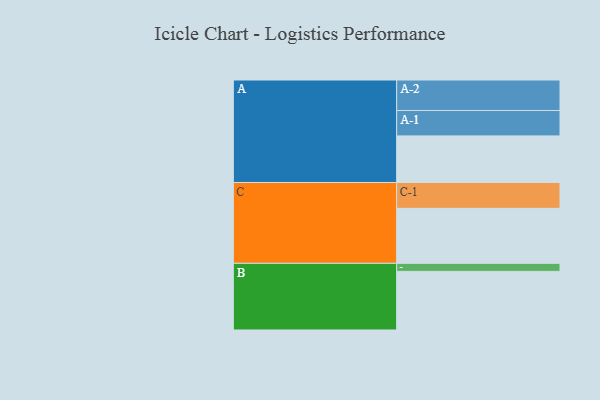
{"axis": {"x": "Segment", "y": "Value"}, "legend": ["", "A", "B", "C"], "data": [{"x": "A", "y": 411, "type": ""}, {"x": "B", "y": 517, "type": ""}, {"x": "C", "y": 485, "type": ""}, {"x": "A-1", "y": 224, "type": "A"}, {"x": "A-2", "y": 269, "type": "A"}, {"x": "B-1", "y": 71, "type": "B"}, {"x": "C-1", "y": 228, "type": "C"}]}